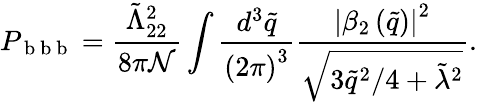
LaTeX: P_{\mathrm{~b~b~b~}}=\frac{\tilde{\Lambda}_{22}^{2}}{8\pi\mathcal{N}}\int\frac{d^{3}\tilde{q}}{\left(2\pi\right)^{3}}\frac{\left|\beta_{2}\left(\tilde{q}\right)\right|^{2}}{\sqrt{3\tilde{q}^{2}/4+\tilde{\lambda}^{2}}}.